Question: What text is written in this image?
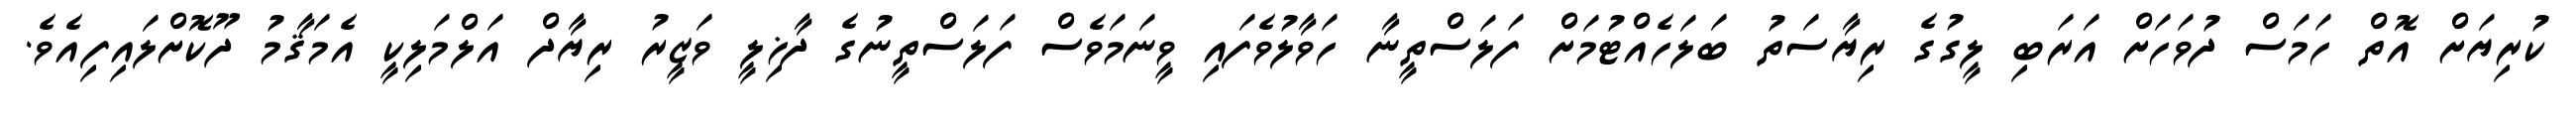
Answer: ކުރިޔަށް އޮތް ހަމަސް ދުވަހަށް އަރަބި ލީގުގެ ރިޔާސަތު ބަލަހެއްޓުމަށް ފަލަސްތީނާ ހަވާލުވެފައި ވީނަމަވެސް ފަލަސްތީނުގެ ދާޚިލީ ވަޒީރު ރިޔާދް އަލްމަލިކީ އެމަޤާމު ދޫކޮށްލައިފިއެވެ.